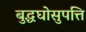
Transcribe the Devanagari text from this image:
बुद्धघोसुपत्ति